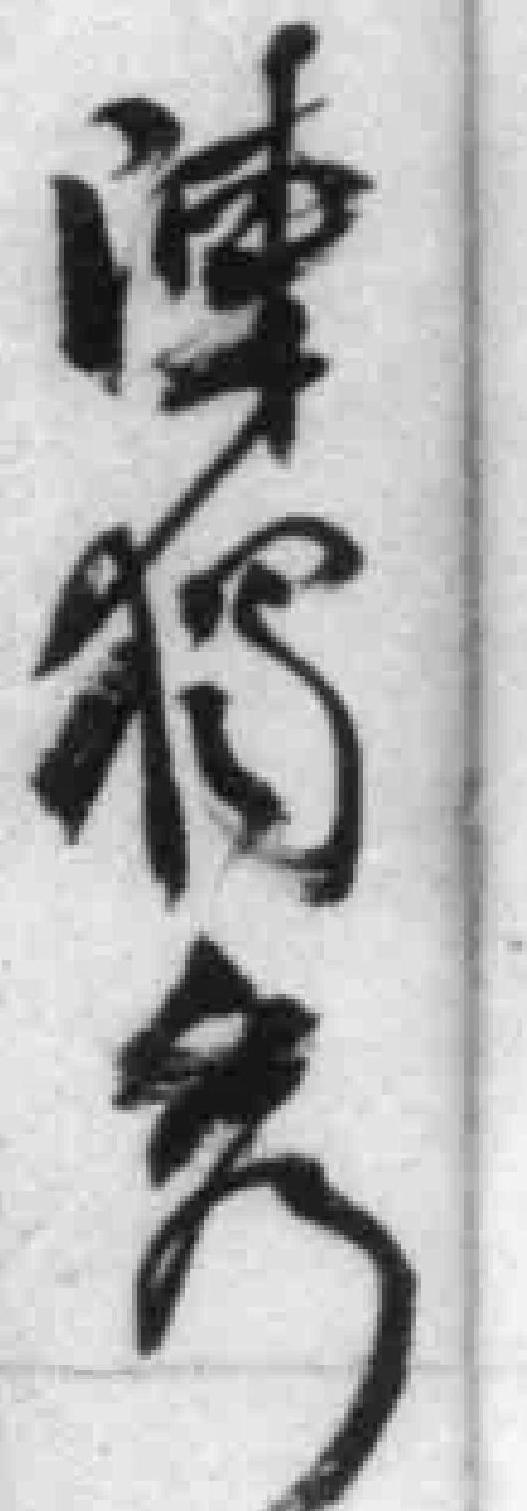
陳獨秀